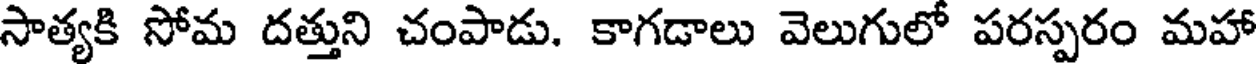
సాత్యకి సోమ దత్తుని చంపాడు. కాగడాలు వెలుగులో పరస్పరం మహా